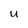
Character: u